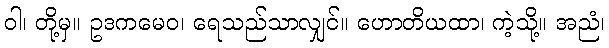
ဝါ၊ တို့မှ။ ဥဒကမေဝ၊ ရေသည်သာလျှင်။ ဟောတိယထာ၊ ကဲ့သို့။ အညံ၊